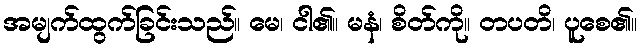
အမျက်ထွက်ခြင်းသည်။ မေ၊ ငါ၏။ မနံ၊ စိတ်ကို။ တပတိ၊ ပူစေ၏။